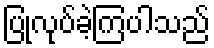
ပြုလုပ်ခဲ့ကြပါသည်